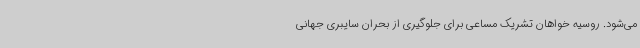
می‌شود. روسیه خواهان تشریک مساعی برای جلوگیری از بحران سایبری جهانی